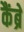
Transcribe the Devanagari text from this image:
कैंब्रे